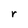
Character: r